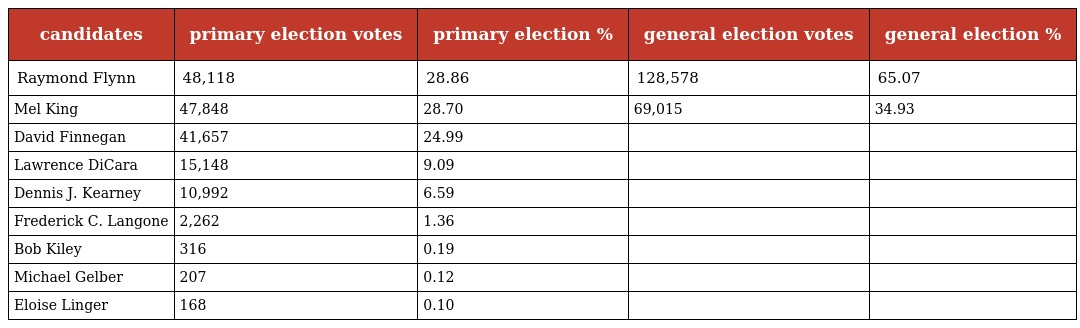
| candidates | primary election votes | primary election % | general election votes | general election % |
 | --- | --- | --- | --- | --- |
 | Raymond Flynn | 48,118 | 28.86 | 128,578 | 65.07 |
 | Mel King | 47,848 | 28.70 | 69,015 | 34.93 |
 | David Finnegan | 41,657 | 24.99 |  |  |
 | Lawrence DiCara | 15,148 | 9.09 |  |  |
 | Dennis J. Kearney | 10,992 | 6.59 |  |  |
 | Frederick C. Langone | 2,262 | 1.36 |  |  |
 | Bob Kiley | 316 | 0.19 |  |  |
 | Michael Gelber | 207 | 0.12 |  |  |
 | Eloise Linger | 168 | 0.10 |  |  |